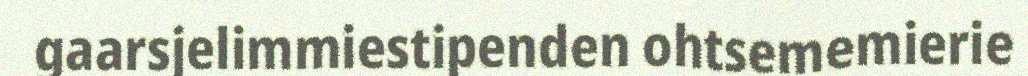
gaarsjelimmiestipenden ohtsememierie